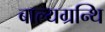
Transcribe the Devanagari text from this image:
बाल्यग्रन्थि